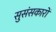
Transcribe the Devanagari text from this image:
सुसंसकारों